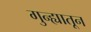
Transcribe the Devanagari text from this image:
गुन्ह्यातून